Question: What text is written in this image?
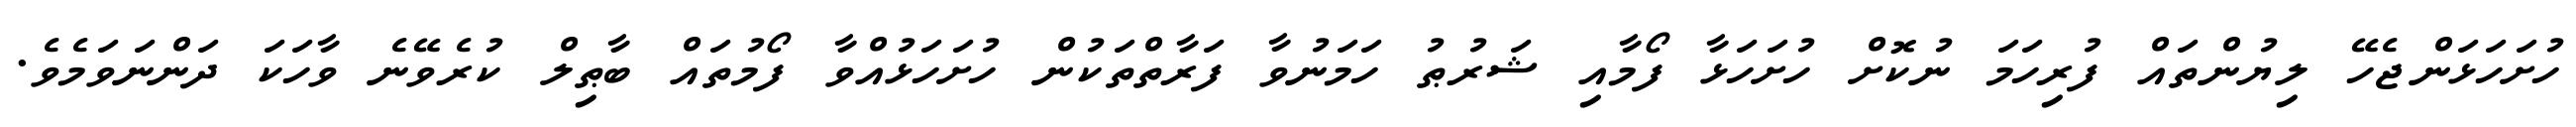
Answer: ހުށަހަޅަންޖެހޭ ލިޔުންތައް ފުރިހަމަ ނުކޮށް ހުށަހަޅާ ފޯމާއި ޝަރުޠު ހަމަނުވާ ފަރާތްތަކުން ހުށަހަޅުއްވާ ފޯމުތައް ބާޠިލް ކުރެވޭނެ ވާހަކަ ދަންނަވަމެވެ.